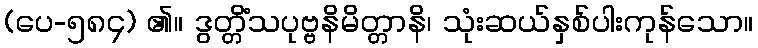
(ပေ-၅၈၄) ၏။ ဒွတ္တိံသပုဗ္ဗနိမိတ္တာနိ၊ သုံးဆယ်နှစ်ပါးကုန်သော။